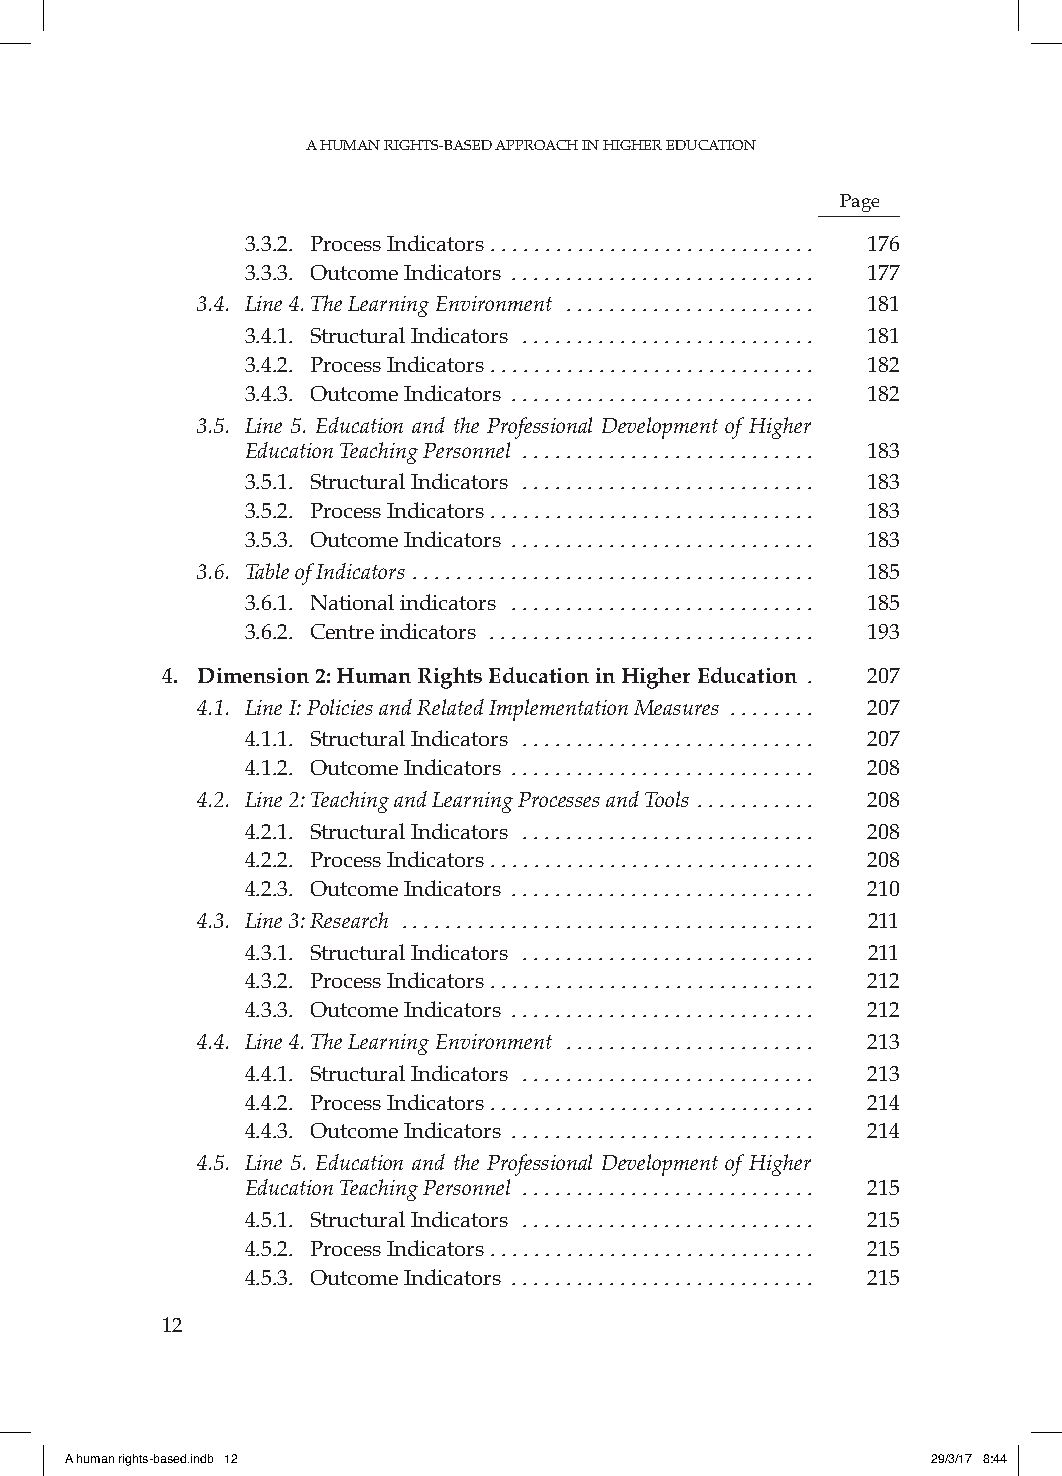
A HUMAN RIGHTS-BASED APPROACH IN HIGHER EDUCATION
 Page
 3.3.2. Process Indicators . . . . . . . . . . . . . . . . . . . . . . . . . . . . . . 176
 3.3.3. Outcome Indicators ............................ 177
 3.4. Line 4. The Learning Environment ....................... 181
 3.4.1. Structural Indicators ........................... 181
 3.4.2. Process Indicators . . . . . . . . . . . . . . . . . . . . . . . . . . . . . . 182
 3.4.3. Outcome Indicators ............................ 182
 3.5. Line 5. Education and the Professional Development of Higher
 Education Teaching Personnel ........................... 183
 3.5.1. Structural Indicators ........................... 183
 3.5.2. Process Indicators . . . . . . . . . . . . . . . . . . . . . . . . . . . . . . 183
 3.5.3. Outcome Indicators ............................ 183
 3.6. Table of Indicators ..................................... 185
 3.6.1. National indicators ............................ 185
 3.6.2. Centre indicators .............................. 193
 4. Dimension 2: Human Rights Education in Higher Education . 207
 4.1. Line I: Policies and Related Implementation Measures ........ 207
 4.1.1. Structural Indicators ........................... 207
 4.1.2. Outcome Indicators ............................ 208
 4.2. Line 2: Teaching and Learning Processes and Tools ........... 208
 4.2.1. Structural Indicators ........................... 208
 4.2.2. Process Indicators . . . . . . . . . . . . . . . . . . . . . . . . . . . . . . 208
 4.2.3. Outcome Indicators ............................ 210
 4.3. Line 3: Research ...................................... 211
 4.3.1. Structural Indicators ........................... 211
 4.3.2. Process Indicators . . . . . . . . . . . . . . . . . . . . . . . . . . . . . . 212
 4.3.3. Outcome Indicators ............................ 212
 4.4. Line 4. The Learning Environment ....................... 213
 4.4.1. Structural Indicators ........................... 213
 4.4.2. Process Indicators . . . . . . . . . . . . . . . . . . . . . . . . . . . . . . 214
 4.4.3. Outcome Indicators ............................ 214
 4.5. Line 5. Education and the Professional Development of Higher
 Education Teaching Personnel ........................... 215
 4.5.1. Structural Indicators ........................... 215
 4.5.2. Process Indicators . . . . . . . . . . . . . . . . . . . . . . . . . . . . . . 215
 4.5.3. Outcome Indicators ............................ 215
 12
 A human rights-based.indb 12                              29/3/17 8:44